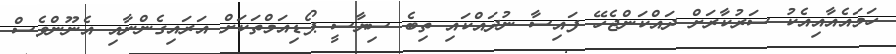
ހަމައެއާއިއެކު ސަރުކާރަށް ދައްކަންޖެހޭ ފައިސާ ނުދައްކައި ތިބެ ސިޔާސީ ޕޯޑިއަމްތަކަށް އަރައިގެންނާއި އެނޫންވެސް